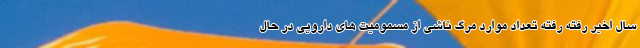
سال اخیر رفته رفته تعداد موارد مرگ ناشی از مسمومیت های دارویی در حال